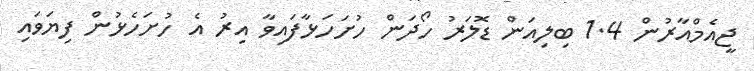
ޖީއެމްއާރުން 1.4 ބިލިއަން ޑޮލަރު ހޯދަން ހުށަހަޅާފައިވާ އިރު އެ ހުށަހެޅުން ފިޔަވައި